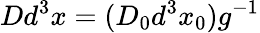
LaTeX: Dd^{3}x=(D_{0}d^{3}x_{0})g^{-1}